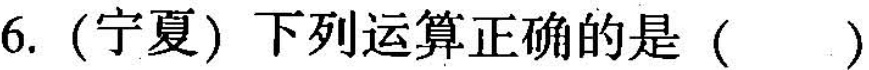
6.(宁夏)下列运算正确的是()